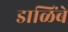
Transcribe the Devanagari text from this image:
डाळिंबे